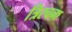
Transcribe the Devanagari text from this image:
त्रिरचना